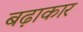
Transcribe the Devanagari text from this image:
बढ़ाकार